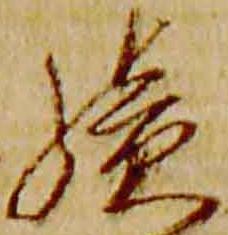
続